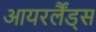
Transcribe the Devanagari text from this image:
आयरर्लैंड्स